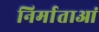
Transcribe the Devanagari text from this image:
निर्माताआं